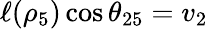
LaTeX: \ell(\rho_{5})\cos\theta_{25}=v_{2}